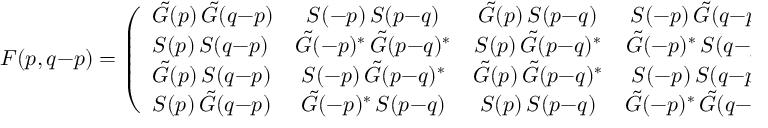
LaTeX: { \cal F } ( p , q { - } p ) = \left( \begin{array} { l c c c } { { \tilde { G } ( p ) \, \tilde { G } ( q { - } p ) } } & { { S ( - p ) \, S ( p { - } q ) } } & { { \tilde { G } ( p ) \, S ( p { - } q ) } } & { { S ( - p ) \, \tilde { G } ( q { - } p ) } } \\ { { S ( p ) \, S ( q { - } p ) } } & { { \tilde { G } ( - p ) ^ { * } \, \tilde { G } ( p { - } q ) ^ { * } } } & { { S ( p ) \, \tilde { G } ( p { - } q ) ^ { * } } } & { { \tilde { G } ( - p ) ^ { * } \, S ( q { - } p ) } } \\ { { \tilde { G } ( p ) \, S ( q { - } p ) } } & { { S ( - p ) \, \tilde { G } ( p { - } q ) ^ { * } } } & { { \tilde { G } ( p ) \, \tilde { G } ( p { - } q ) ^ { * } } } & { { S ( - p ) \, S ( q { - } p ) } } \\ { { S ( p ) \, \tilde { G } ( q { - } p ) } } & { { \tilde { G } ( - p ) ^ { * } \, S ( p { - } q ) } } & { { S ( p ) \, S ( p { - } q ) } } & { { \tilde { G } ( - p ) ^ { * } \, \tilde { G } ( q { - } p ) } } \end{array} \right) \; .